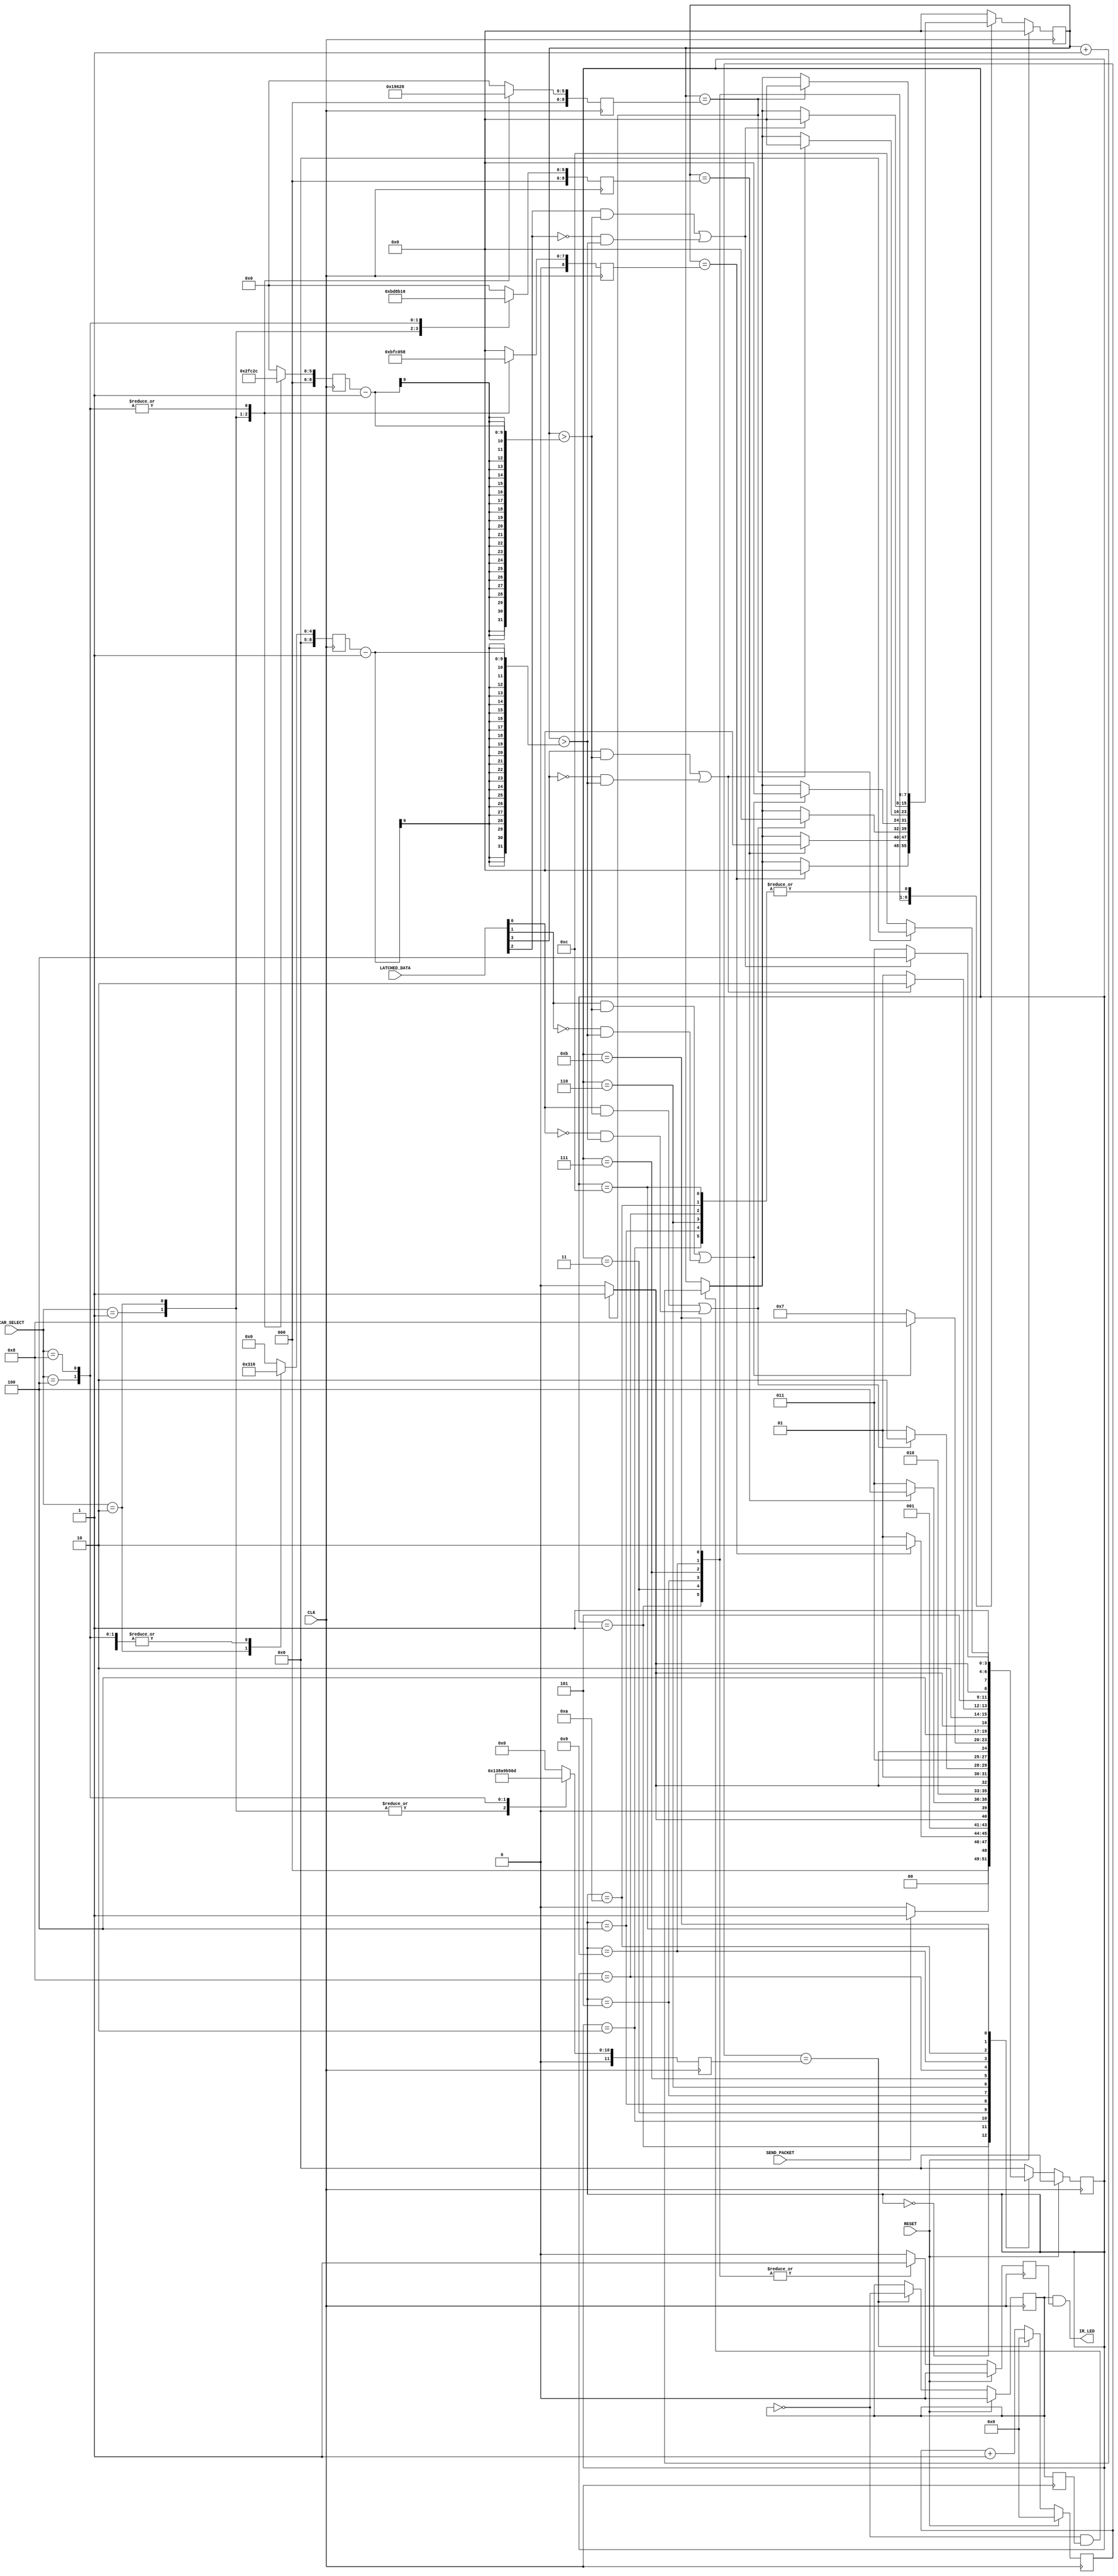
`timescale 1ns / 1ps
//////////////////////////////////////////////////////////////////////////////////
// Company: 
// Engineer: 
// 
// Design Name: 
// Module Name: ir_transmitter
// Project Name: 
// Target Devices: 
// Tool Versions: 
// Description: 
// 
// Dependencies: 
// 
// Revision:
// Revision 0.01 - File Created
// Additional Comments:
// 
//////////////////////////////////////////////////////////////////////////////////


module ir_transmitter(
	//Standard Signals
    input                                RESET,
    input                                CLK,
    // Bus Interface Signals
    input [3:0]                     LATCHED_DATA,
    input                             SEND_PACKET,
    // IF LED signal
    output                            IR_LED,
    input [3:0] CAR_SELECT
    );

//Registers for the different cars which will be used!
    reg [8:0] StartBurstSize;
    reg [8:0]CarSelectBurstSize;
    reg [8:0] GapSize;
    reg [8:0]AsserBurstSize;
    reg [8:0]DeAssertBurstSize;
    reg [11:0] ClockRatio;
    
    
    always@(posedge CLK) begin //Parameters for the different cars
        case(CAR_SELECT) 
        4'b0001: begin //BLUE
             StartBurstSize         <= 191;
             CarSelectBurstSize    <= 47;
             GapSize                <= 25;
             AsserBurstSize        <= 47;
             DeAssertBurstSize     <= 22;
             ClockRatio            <=1250;
       end
       4'b0010: begin //RED
            StartBurstSize<=192;
            CarSelectBurstSize<=24;
            GapSize<=24;
            AsserBurstSize<=48;
            DeAssertBurstSize<=24;
            ClockRatio<=1250;
       end
       4'b0100: begin //GREEN
            StartBurstSize<=88;
            CarSelectBurstSize<=44;
            GapSize<=40;
            AsserBurstSize<=44;
            DeAssertBurstSize<=22;
            ClockRatio<=1334;
       end
       4'b1000: begin //YELLOW
             StartBurstSize<=88;
             CarSelectBurstSize<=22;
             GapSize<=40;
             AsserBurstSize<=44;
             DeAssertBurstSize<=22;
             ClockRatio<=1389;
       end
       default : begin
            StartBurstSize<=0;
            CarSelectBurstSize<=0;
            GapSize<=0;
            AsserBurstSize<=0;
            DeAssertBurstSize<=0;
            ClockRatio<=0;
       end
       endcase
       
    end

//Create the pulse signal
    reg Carrier;
    reg Carrier_Dly;
    reg [12:0] CarrierCounter;

    always@(posedge CLK) begin
        if(RESET) begin
            Carrier             <= 1'b0;
            CarrierCounter <= 0;
        end else if(CarrierCounter == ClockRatio) begin //this creates a 40KHz oscillator from 100MHz
            Carrier             <= ~Carrier;
            CarrierCounter <= 0;
        end else
            CarrierCounter <= CarrierCounter + 1'b1;
        
        Carrier_Dly         <= Carrier;
    end

//This is a simple state machine that pulses the IF_LED at 40KHz
//with a specific signal
//sequential

    reg [3:0]                     CurrState,    NextState;
    reg [7:0]                    CurrBurstCounter, NextBurstCounter;
    reg                            CurrLEDEnable, NextLEDEnable;
    always@(posedge CLK) begin
        if(RESET) begin
            CurrState            <= 3'b00;
            CurrBurstCounter    <= 0;
            CurrLEDEnable        <= 1'b0;
        end else begin
            CurrState            <= NextState;
            CurrBurstCounter    <= NextBurstCounter;
            CurrLEDEnable        <= NextLEDEnable;
        end
    end
        

//combinatorial
always@*begin
    //Defualts
    NextState             = 4'b0000;
    NextBurstCounter     = 0;
    NextLEDEnable        = 1'b0;
    case (CurrState)
        //IDLE
        4'b0000:    begin
                        if(SEND_PACKET)
                            NextState                 = 4'b0001;
                        else
                            NextState                 = 4'b0000;
                    end
        //START BURST
        4'b0001:    begin
                        if(CurrBurstCounter == StartBurstSize) begin
                            NextState                 = 4'b0010;
                            NextBurstCounter         = 0;
                        end else begin
                            NextState                 = 4'b0001;
                            if(~Carrier & Carrier_Dly)
                                NextBurstCounter     = CurrBurstCounter + 1'b1;
                            else
                                NextBurstCounter     = CurrBurstCounter;
                        end
                        
                        NextLEDEnable                 = 1'b1;
                    end
        //GAP
        4'b0010:    begin
                        if(CurrBurstCounter == GapSize) begin
                            NextState                 = 4'b0011;
                            NextBurstCounter         = 0;
                        end else begin
                            NextState                 = 4'b0010;
                            if(~Carrier & Carrier_Dly)
                                NextBurstCounter     = CurrBurstCounter + 1'b1;
                            else
                                NextBurstCounter     = CurrBurstCounter;
                        end
                    end
        //CODE BURST
        4'b0011:    begin
                        if(CurrBurstCounter == CarSelectBurstSize) begin
                            NextState                 = 4'b0100;
                            NextBurstCounter         = 0;
                        end else begin
                            NextState                 = 4'b0011;
                            if(~Carrier & Carrier_Dly)
                                NextBurstCounter = CurrBurstCounter + 1'b1;
                            else
                                NextBurstCounter     = CurrBurstCounter;
                        end
                        
                        NextLEDEnable                 = 1'b1;
                    end
        //GAP
        4'b0100:    begin
                        if(CurrBurstCounter == GapSize) begin
                            NextState                 = 4'b0101;
                            NextBurstCounter         = 0;
                        end else begin
                            NextState                 = 4'b0100;
                            if(~Carrier & Carrier_Dly)
                                NextBurstCounter     = CurrBurstCounter + 1'b1;
                            else
                                NextBurstCounter     = CurrBurstCounter;
                        end
                    end
        //LEFT
        4'b0101:    begin
                        if((LATCHED_DATA[0]     & (CurrBurstCounter > AsserBurstSize-1))         |
                            (~LATCHED_DATA[0] & (CurrBurstCounter > DeAssertBurstSize-1))    ) begin
                            NextState                 = 4'b0110;
                            NextBurstCounter         = 0;
                        end else begin
                            NextState                 = 4'b0101;
                            if(~Carrier & Carrier_Dly)
                                NextBurstCounter     = CurrBurstCounter + 1'b1;
                            else
                                NextBurstCounter     = CurrBurstCounter;
                        end
                        
                        NextLEDEnable                 = 1'b1;
                    end
        //GAP
        4'b0110:    begin
                        if(CurrBurstCounter == GapSize) begin
                            NextState                 = 4'b0111;
                            NextBurstCounter         = 0;
                        end else begin
                            NextState                 = 4'b0110;
                            if(~Carrier & Carrier_Dly)
                                NextBurstCounter     = CurrBurstCounter + 1'b1;
                            else
                                NextBurstCounter     = CurrBurstCounter;
                        end
                    end
        //RIGHT
        4'b0111:    begin
                        if((LATCHED_DATA[1]     & (CurrBurstCounter > AsserBurstSize-1))         |
                            (~LATCHED_DATA[1] & (CurrBurstCounter > DeAssertBurstSize-1))    ) begin
                            NextState                 = 4'b1000;
                            NextBurstCounter         = 0;
                        end else begin
                            NextState                 = 4'b0111;
                            if(~Carrier & Carrier_Dly)
                                NextBurstCounter     = CurrBurstCounter + 1'b1;
                            else
                                NextBurstCounter     = CurrBurstCounter;
                        end
                        
                        NextLEDEnable                 = 1'b1;
                    end
        //GAP
        4'b1000:    begin
                        if(CurrBurstCounter == GapSize) begin
                            NextState                 = 4'b1001;
                            NextBurstCounter         = 0;
                        end else begin
                            NextState                 = 4'b1000;
                            if(~Carrier & Carrier_Dly)
                                NextBurstCounter     = CurrBurstCounter + 1'b1;
                            else
                                NextBurstCounter     = CurrBurstCounter;
                        end
                    end
        //BACKWARDS
        4'b1001:    begin
                        if((LATCHED_DATA[3]     & (CurrBurstCounter > AsserBurstSize-1))         |
                            (~LATCHED_DATA[3] & (CurrBurstCounter > DeAssertBurstSize-1))    ) begin
                            NextState                 = 4'b1010;
                            NextBurstCounter         = 0;
                        end else begin
                            NextState                 = 4'b1001;
                            if(~Carrier & Carrier_Dly)
                                NextBurstCounter     = CurrBurstCounter + 1'b1;
                            else
                                NextBurstCounter     = CurrBurstCounter;
                        end
                        
                        NextLEDEnable                 = 1'b1;
                    end
        //GAP
        4'b1010:    begin
                        if(CurrBurstCounter == GapSize) begin
                            NextState                 = 4'b1011;
                            NextBurstCounter         = 0;
                        end else begin
                            NextState                 = 4'b1010;
                            if(~Carrier & Carrier_Dly)
                                NextBurstCounter     = CurrBurstCounter + 1'b1;
                            else
                                NextBurstCounter     = CurrBurstCounter;
                        end
                    end
        //FORWARDS
        4'b1011:    begin
                        if((LATCHED_DATA[2]     & (CurrBurstCounter > AsserBurstSize-1))         |
                            (~LATCHED_DATA[2] & (CurrBurstCounter > DeAssertBurstSize-1))    ) begin
                            NextState                 = 4'b1100;
                            NextBurstCounter         = 0;
                        end else begin
                            NextState                 = 4'b1011;
                            if(~Carrier & Carrier_Dly)
                                NextBurstCounter     = CurrBurstCounter + 1'b1;
                            else
                                NextBurstCounter     = CurrBurstCounter;
                        end
                        
                        NextLEDEnable                 = 1'b1;
                    end
        //GAP
        4'b1100:    begin
                        if(CurrBurstCounter == GapSize) begin
                            NextState                 = 4'b0000;
                            NextBurstCounter         = 0;
                        end else begin
                            NextState                 = 4'b1100;
                            if(~Carrier & Carrier_Dly)
                                NextBurstCounter     = CurrBurstCounter + 1'b1;
                            else
                                NextBurstCounter     = CurrBurstCounter;
                        end
                    end
        default:    begin
                        NextState             = 4'b0000;
                        NextBurstCounter     = 0;
                        NextLEDEnable         = 1'b0;
                    end
    endcase
end

//Tie the 40KHz signal to the LED output vie the Enable signal
assign IR_LED = Carrier & CurrLEDEnable;


endmodule